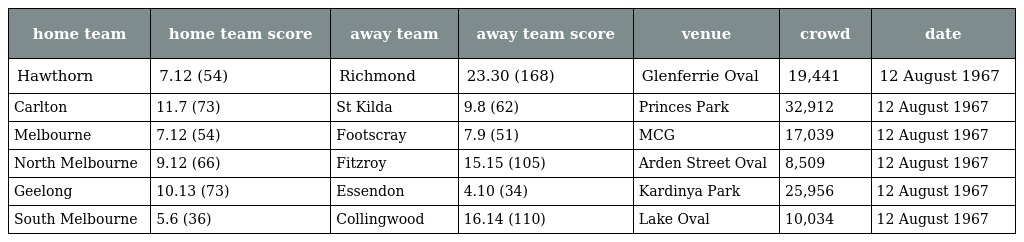
| home team | home team score | away team | away team score | venue | crowd | date |
 | --- | --- | --- | --- | --- | --- | --- |
 | Hawthorn | 7.12 (54) | Richmond | 23.30 (168) | Glenferrie Oval | 19,441 | 12 August 1967 |
 | Carlton | 11.7 (73) | St Kilda | 9.8 (62) | Princes Park | 32,912 | 12 August 1967 |
 | Melbourne | 7.12 (54) | Footscray | 7.9 (51) | MCG | 17,039 | 12 August 1967 |
 | North Melbourne | 9.12 (66) | Fitzroy | 15.15 (105) | Arden Street Oval | 8,509 | 12 August 1967 |
 | Geelong | 10.13 (73) | Essendon | 4.10 (34) | Kardinya Park | 25,956 | 12 August 1967 |
 | South Melbourne | 5.6 (36) | Collingwood | 16.14 (110) | Lake Oval | 10,034 | 12 August 1967 |